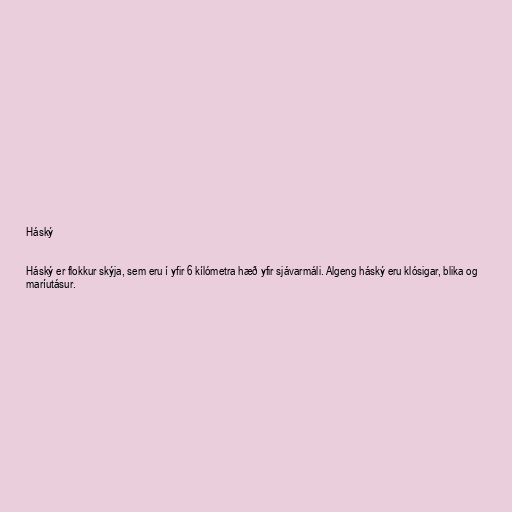
Háský

Háský er flokkur skýja, sem eru í yfir 6 kílómetra hæð yfir sjávarmáli. Algeng háský eru klósigar, blika og
maríutásur.